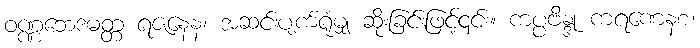
ဝဏ္ဏဘေဒမတ္တ ရဇနေန၊ အဆင်းပျက်ရုံမျှ ဆိုးခြင်းဖြင့်၎င်း။ ကပ္ပဗိန္ဒု ကရဏေနစ၊